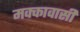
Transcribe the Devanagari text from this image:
मक्कावासी